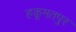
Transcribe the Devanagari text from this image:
हकूमतपुर